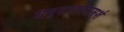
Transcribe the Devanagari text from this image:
समुदायपरामर्श